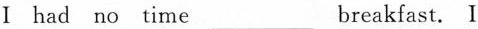
I had no timebreakfast.I